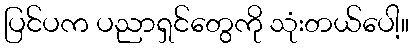
ပြင်ပက ပညာရှင်တွေကို သုံးတယ်ပေါ့။